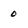
Character: 0